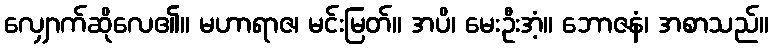
လျှောက်ဆိုလေ၏။ မဟာရာဇ၊ မင်းမြတ်။ အပိ၊ မေးဦးအံ့။ ဘောဇနံ၊ အစာသည်။